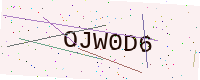
Text: OJW0D6